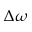
\Delta \omega